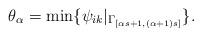
LaTeX: \begin{align*}\theta_{\alpha} = \min \{ \psi_{ik} \vert_{\Gamma_{[\alpha s+1,(\alpha+1)s]}} \} .\end{align*}